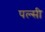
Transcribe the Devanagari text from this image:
पल्सी